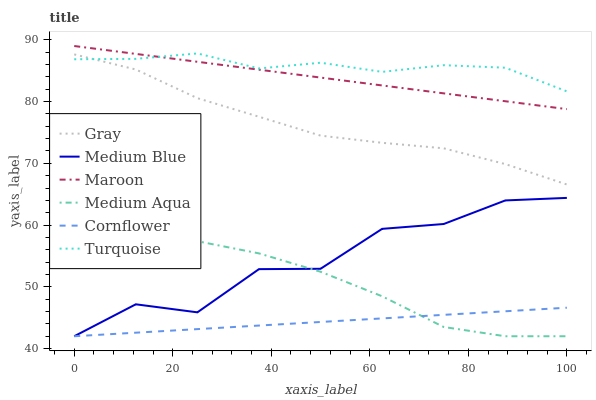
| xaxis_label | Gray | Medium Blue | Maroon | Medium Aqua | Cornflower | Turquoise |
 | --- | --- | --- | --- | --- | --- | --- |
 | 0 | 87.6 | 42 | 89 | 58.3 | 42 | 86.9 |
 | 12.5 | 85.2 | 47.2 | 87.7 | 58.4 | 42.6 | 86.9 |
 | 25 | 80.6 | 45.9 | 86.4 | 57.4 | 43.2 | 87.8 |
 | 37.5 | 77.5 | 52.9 | 85.2 | 55.4 | 43.7 | 85.4 |
 | 50 | 74.5 | 52.9 | 83.9 | 52.4 | 44.3 | 86.3 |
 | 62.5 | 73.3 | 59.4 | 82.6 | 48.5 | 44.9 | 84.8 |
 | 75 | 72.4 | 60.2 | 81.3 | 43.5 | 45.5 | 85.9 |
 | 87.5 | 69.9 | 64 | 80.1 | 42 | 46 | 85.5 |
 | 100 | 66.6 | 64.4 | 78.8 | 42 | 46.6 | 81.7 |